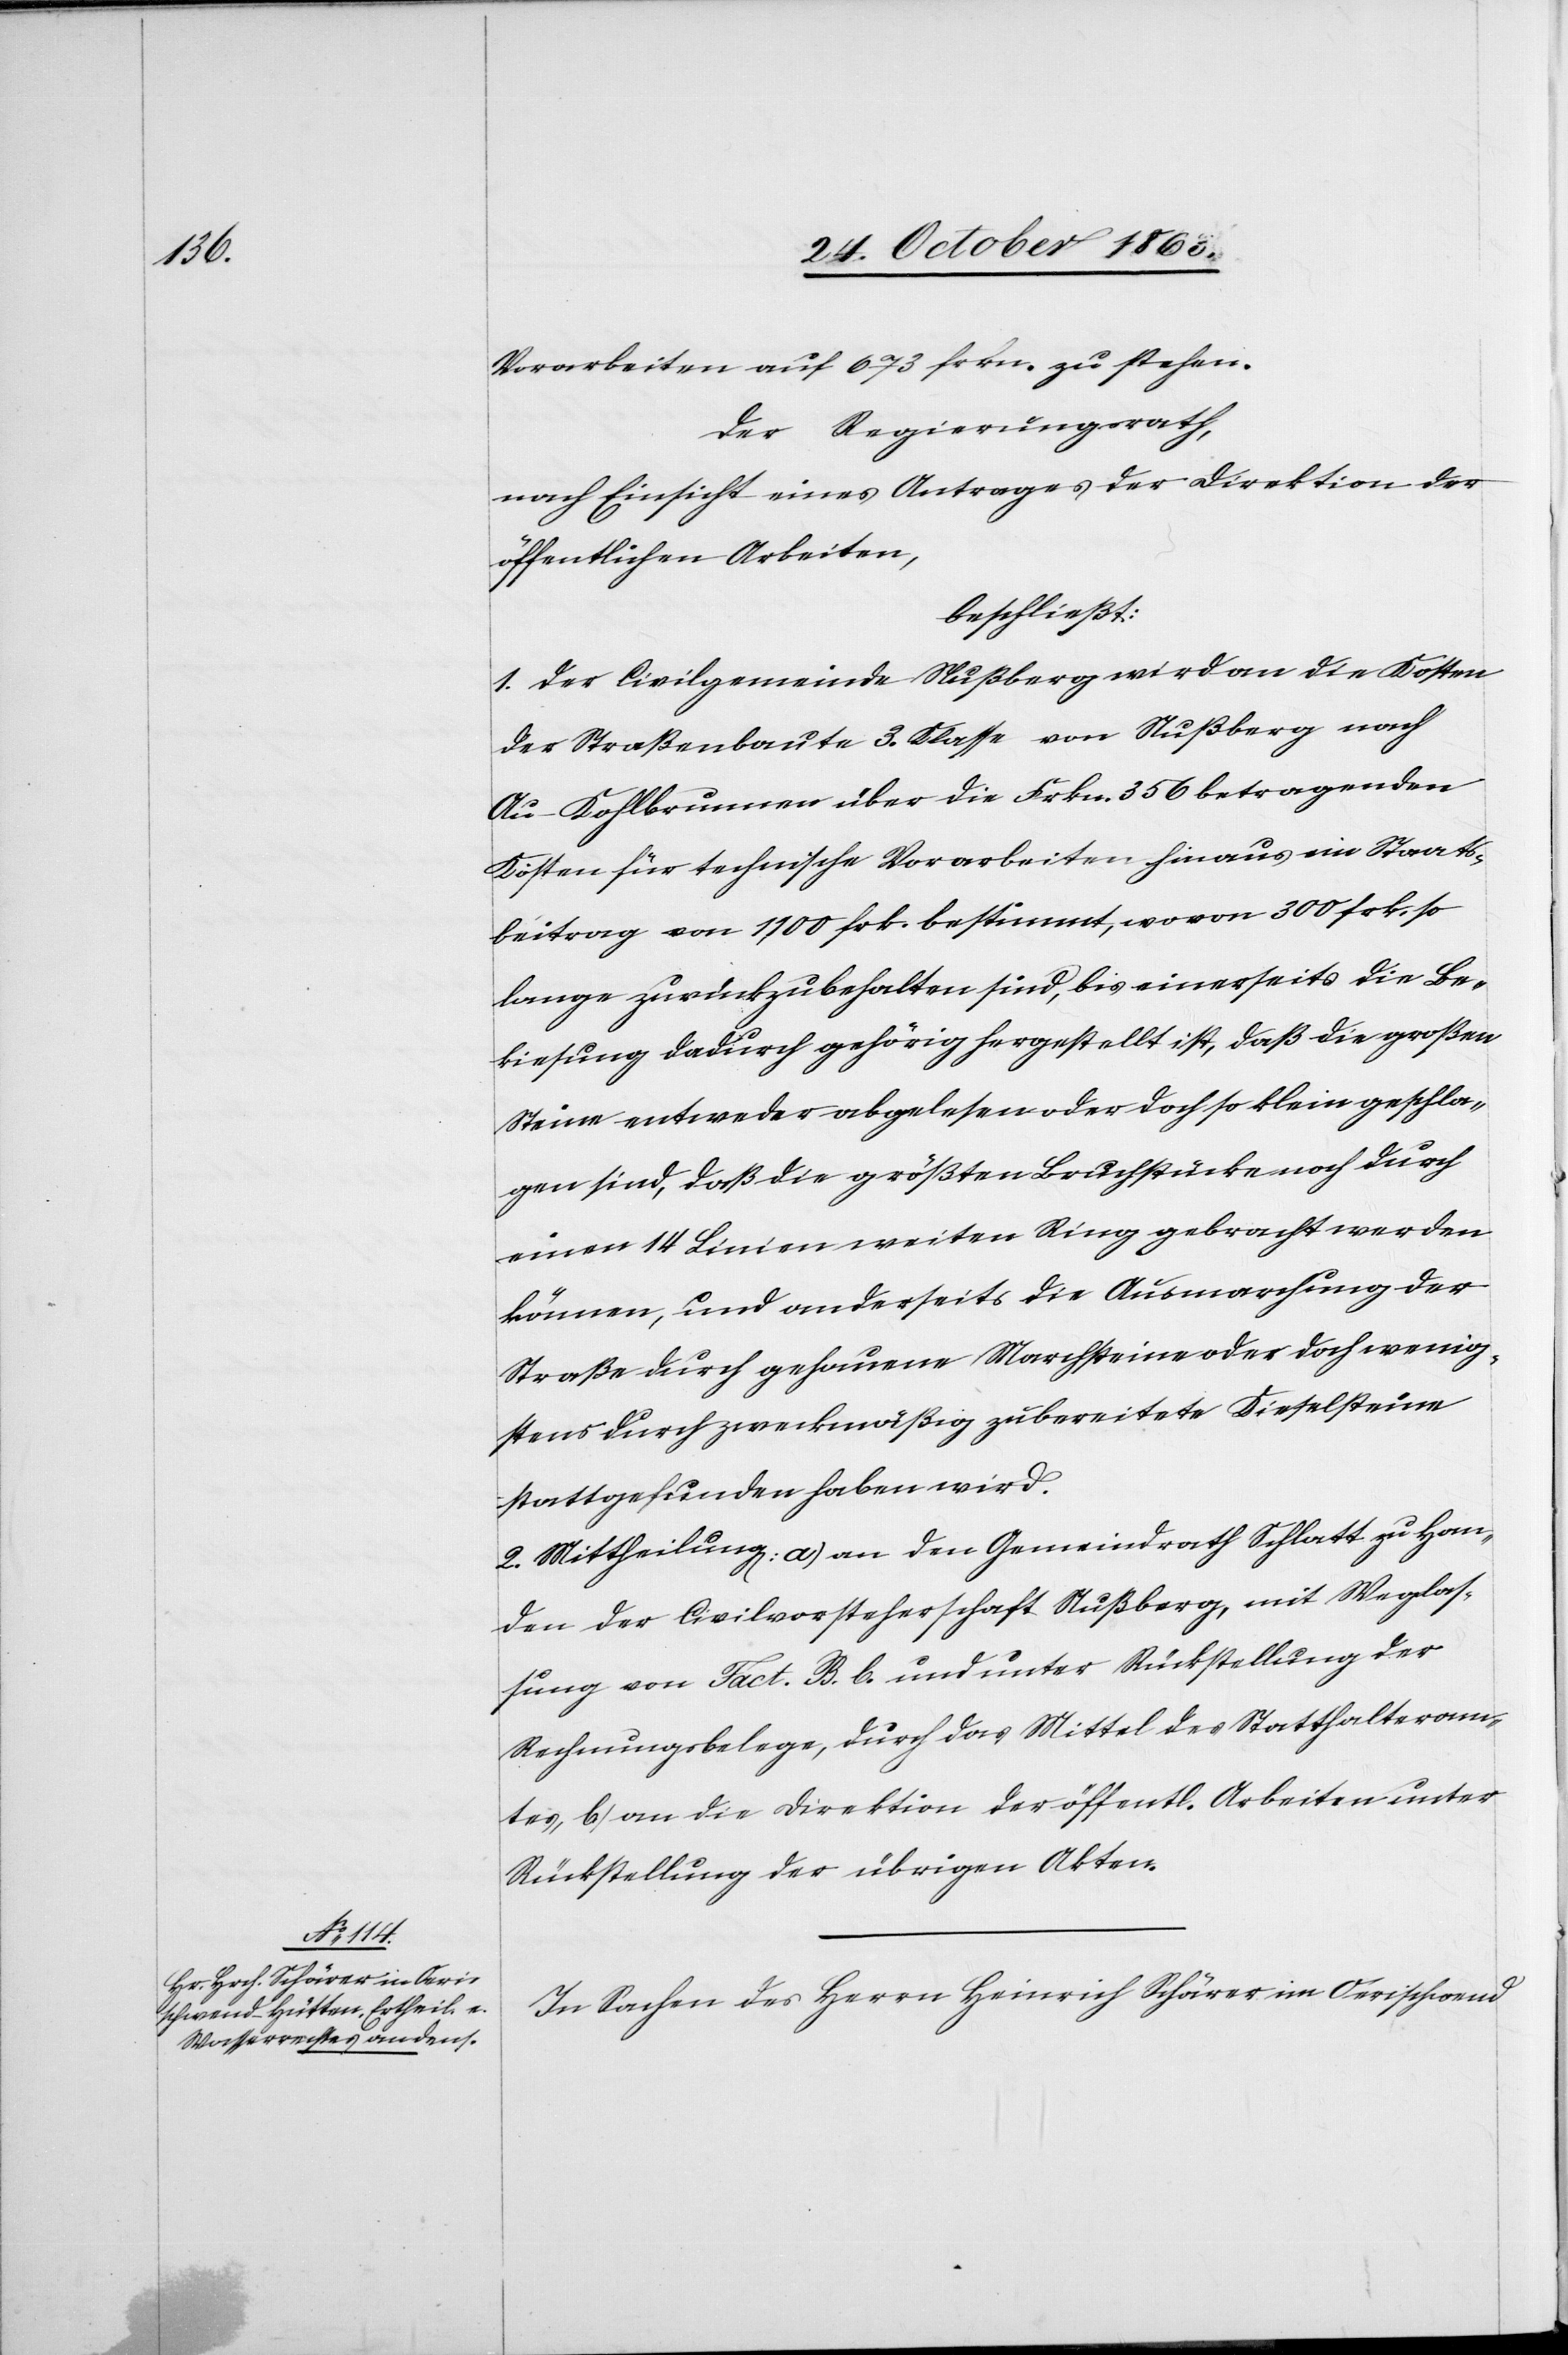
Vorarbeiten auf 673 frkn. zu stehen.
Der Regierungsrath,
nach Einsicht eines Antrages der Direktion der
öffentlichen Arbeiten,
beschließt:
1. Der Civilgemeinde Nußberg wird an die Kosten
der Straßenbaute 3. Klasse von Nußberg nach
Au-Kohlbrunnen über die Frkn. 356 betragenden
Kosten für technische Vorarbeiten hinaus ein Staats¬
beitrag von 1100 frk. bestimmt, wovon 300 frk. so
lange zurückzubehalten sind, bis einerseits die Be¬
kiesung dadurch gehörig hergestellt ist, daß die großen
Steine entweder abgelesen oder doch so klein geschla¬
gen sind, daß die größten Bruchstücke noch durch
einen 14 Linien weiten Ring gebracht werden
können, und anderseits die Ausmarchung der
Straße durch gehauene Marchsteine oder doch wenig¬
stens durch zweckmäßig zubereitete Kieselsteine
stattgefunden haben wird.
2. Mittheilung: a) an den Gemeindrath Schlatt zu Han¬
den der Civilvorsteherschaft Nußberg, mit Weglas¬
sung von Fact. B. b. und unter Rückstellung der
Rechnungsbelege, durch das Mittel des Statthalteram¬
tes, b) an die Direktion der öffentl. Arbeiten unter
Rückstellung der übrigen Akten.
In Sachen des Herrn Heinrich Schärer in Oerischwend